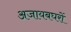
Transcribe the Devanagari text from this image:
अजायबघरों